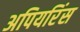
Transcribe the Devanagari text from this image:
अपियरिंस